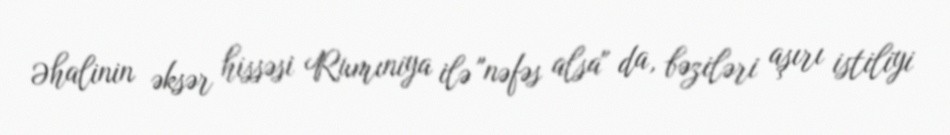
Əhalinin əksər hissəsi Rumıniya ilə "nəfəs alsa" da, bəziləri aşırı istiliyi